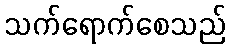
သက်ရောက်စေသည်